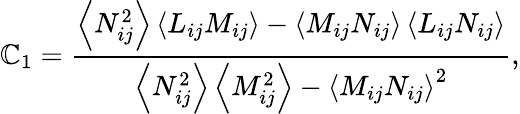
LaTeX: {\mathbb{C}_{1}}=\frac{{{\left\langle{N_{ij}^{2}}\right\rangle\left\langle{{L}_{ij}{M_{ij}}}\right\rangle-\left\langle{{M_{ij}}{N_{ij}}}\right\rangle\left\langle{{L}_{ij}{N_{ij}}}\right\rangle}}}{{{\left\langle{N_{ij}^{2}}\right\rangle\left\langle{M_{ij}^{2}}\right\rangle-{{\left\langle{{M_{ij}}{N_{ij}}}\right\rangle}^{2}}}}},